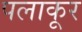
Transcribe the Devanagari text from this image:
पलाकूर